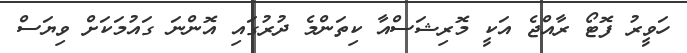
ހަވީރު ފޮޓޯ ރާއްޖެ އަކީ މޮރިޝަސްއާ ކިތަންމެ ދުރުގައި އޮންނަ ގައުމަކަށް ވިޔަސް